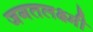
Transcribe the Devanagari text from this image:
जगतलक्ष्मी